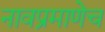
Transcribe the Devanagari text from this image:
नावप्रमाणेच